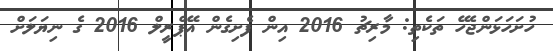
ހުށަހަޅަންޖެހޭ ތަކެތި: މާރިޗު 2016 އިން ފެށިގެން އޭޕްރީލް 2016 ގެ ނިޔަލަށް